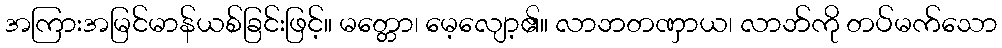
အကြားအမြင်မာန်ယစ်ခြင်းဖြင့်။ မတ္တော၊ မေ့လျော့၏။ လာဘတဏှာယ၊ လာဘ်ကို တပ်မက်သော